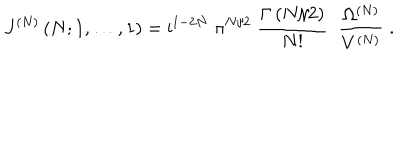
LaTeX: J ^ { ( N ) } \left( N ; 1 , \ldots , 1 \right) = \mathrm { i } ^ { 1 - 2 N } \; \pi ^ { N / 2 } \; \frac { \Gamma \left( N / 2 \right) } { N ! } \; \; \frac { \Omega ^ { ( N ) } } { V ^ { ( N ) } } \; .